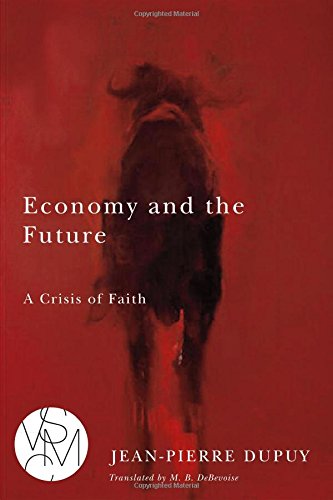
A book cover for Economy and the Future: A Crisis of Faith (Studies in Violence, Mimesis, & Culture); Jean-Pierre Dupuy; Politics & Social Sciences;